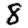
Digit: 8